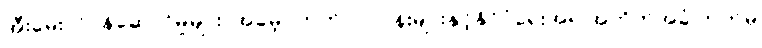
အီးမေးလ်ဝန်ဆောင်မှုများ၊ အခမဲ့ဝက်ဘ်လုပ်ငန်းများနှင့်နိုင်ငံရေးအရ အတိုက်အခံ ဘက်မှ